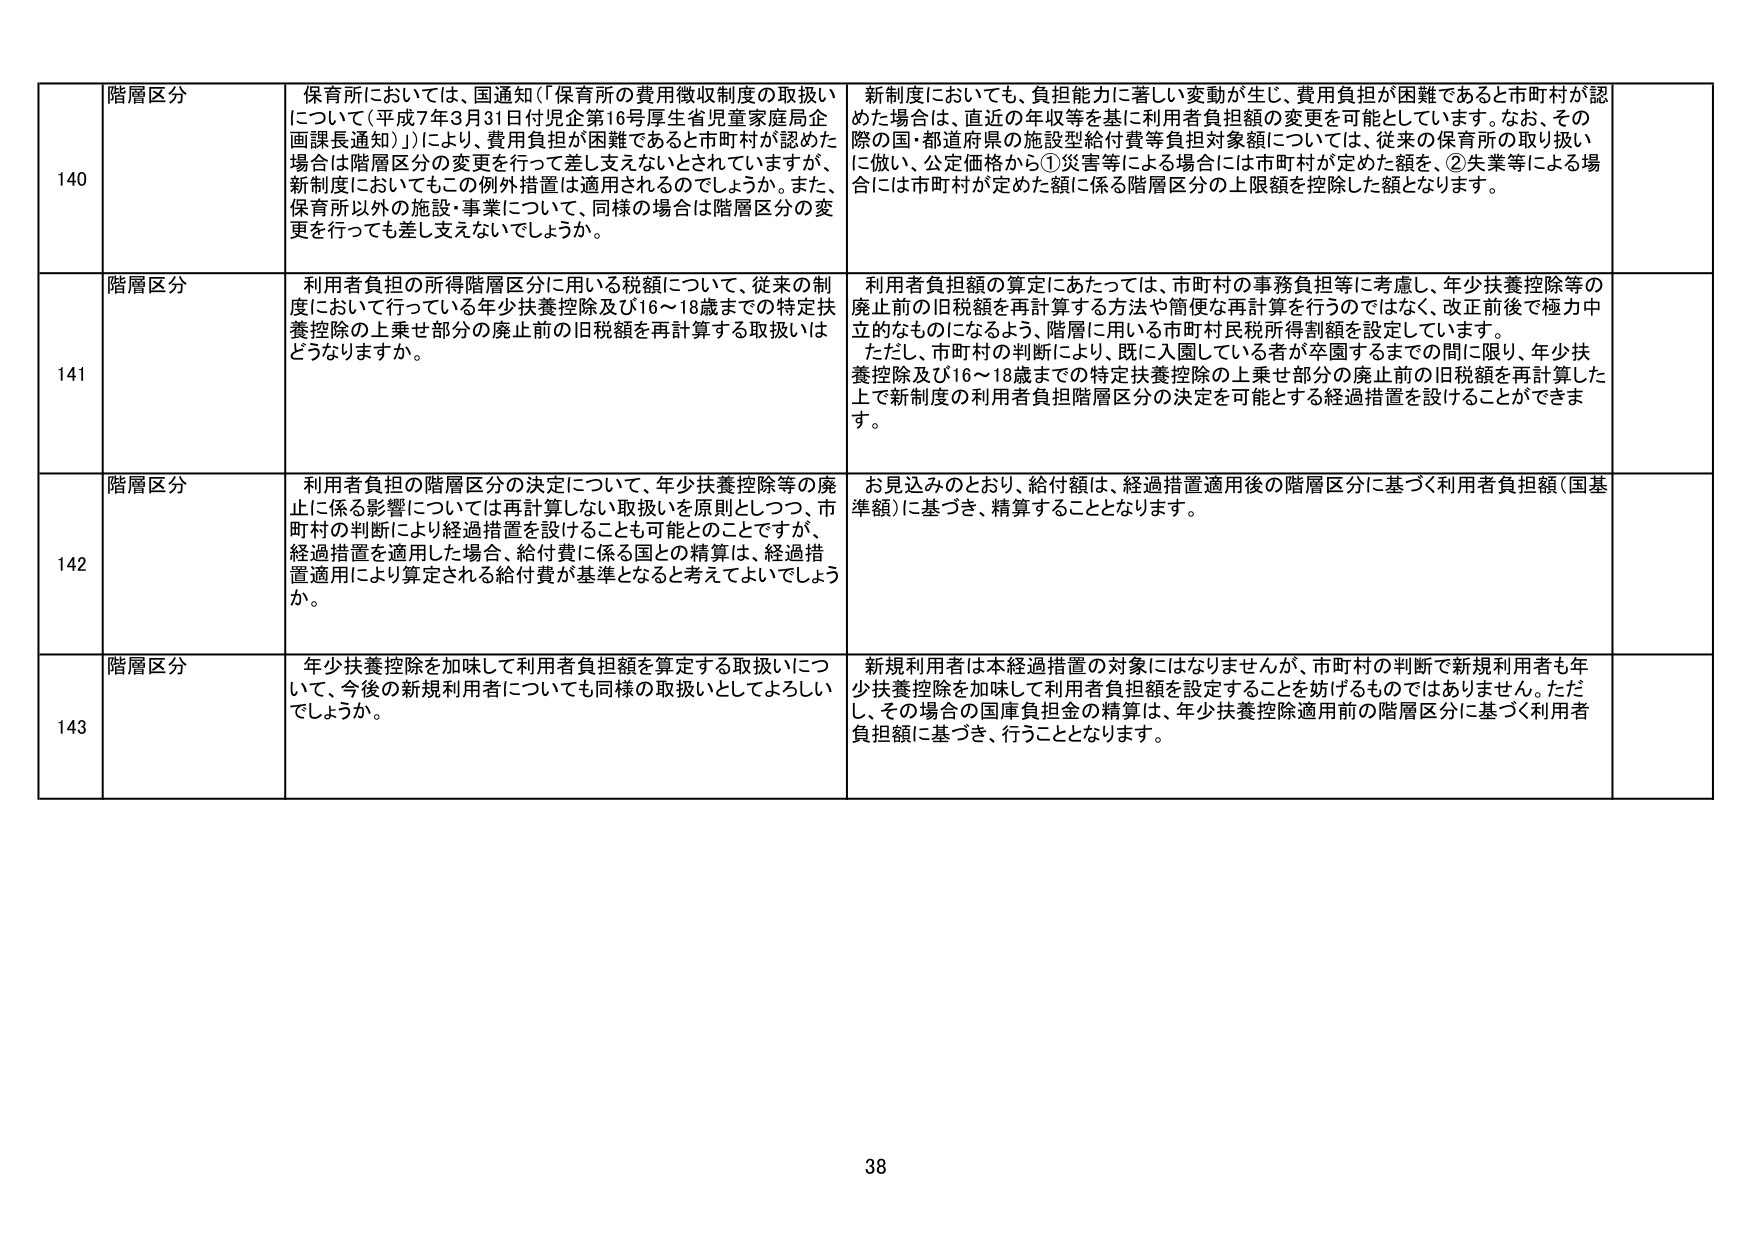
140 階層区分 保育所においては、国通知（「保育所の費用徴収制度の取扱い について（平成7年3月31日付児企第16号厚生省児童家庭局企 画課長通知）」）により、費用負担が困難であると市町村が認めた 場合は階層区分の変更を行って差し支えないとされていきますが、 新制度においてもこの例外措置は適用されるのでしょうか。また、 保育所以外の施設・事業について、同様の場合は階層区分の変 更を行っても差し支えないでしょうか。 新制度においても、負担能力に著しい変動が生じ、費用負担が困難であると市町村が認 めた場合は、直近の年収等を基に利用者負担額の変更を可能としています。なお、その 際の国・都道府県の施設型給付費等負担対象額については、従来の保育所の取り扱い に倣い、公定価格から①災害等による場合には市町村が定めた額を、②失業等による場 合には市町村が定めた額に係る階層区分の上限額を控除した額となります。

141 階層区分 利用者負担の所得階層区分に用いる税額について、従来の制 度において行っている年少扶養控除及び16～18歳までの特定扶 養控除の上乗せ部分の廃止前の旧税額を再計算する取扱いは どうなりますか。 利用者負担額の算定にあたっては、市町村の事務負担等に考慮し、年少扶養控除等の 廃止前の旧税額を再計算する方法や簡便な再計算を行うのではなく、改正前後で極力中 立的なものになるよう、階層に用いる市町村民税所得割額を設定しています。 ただし、市町村の判断により、既に入園している者が卒園するまでの間に限り、年少扶 養控除及び16～18歳までの特定扶養控除の上乗せ部分の廃止前の旧税額を再計算した 上で新制度の利用者負担階層区分の決定を可能とする経過措置を設けることができま す。

142 階層区分 利用者負担の階層区分の決定について、年少扶養控除等の廃 止に係る影響については再計算しない取扱いを原則としつつ、市 町村の判断により経過措置を設けることも可能とのことですが、 経過措置を適用した場合、給付費に係る国との精算は、経過措 置適用により算定される給付費が基準となると考えてよいでしょう か。 お見込みのとおり、給付額は、経過措置適用後の階層区分に基づく利用者負担額（国基 準額）に基づき、精算することとなります。

143 階層区分 年少扶養控除を加味して利用者負担額を算定する取扱いにつ いて、今後の新規利用者についても同様の取扱いとしてよろしい でしょうか。 新規利用者は本経過措置の対象にはなりませんが、市町村の判断で新規利用者も年 少扶養控除を加味して利用者負担額を設定することを妨げるものではありません。ただ し、その場合の国庫負担金の精算は、年少扶養控除適用前の階層区分に基づく利用者 負担額に基づき、行うこととなります。

38